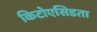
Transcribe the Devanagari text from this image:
किटोएसिडता